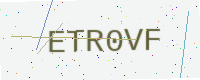
Text: ETR0VF